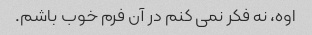
اوه، نه فکر نمی کنم در آن فرم خوب باشم.